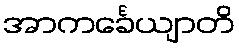
အာကင်္ခေယျာတိ